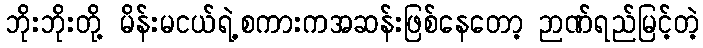
ဘိုးဘိုးတို့ မိန်းမငယ်ရဲ့စကားကအဆန်းဖြစ်နေတော့ ဉာဏ်ရည်မြင့်တဲ့